Report on vaccination in Madras 1895-1903 - 1895-1903
Year: 1895
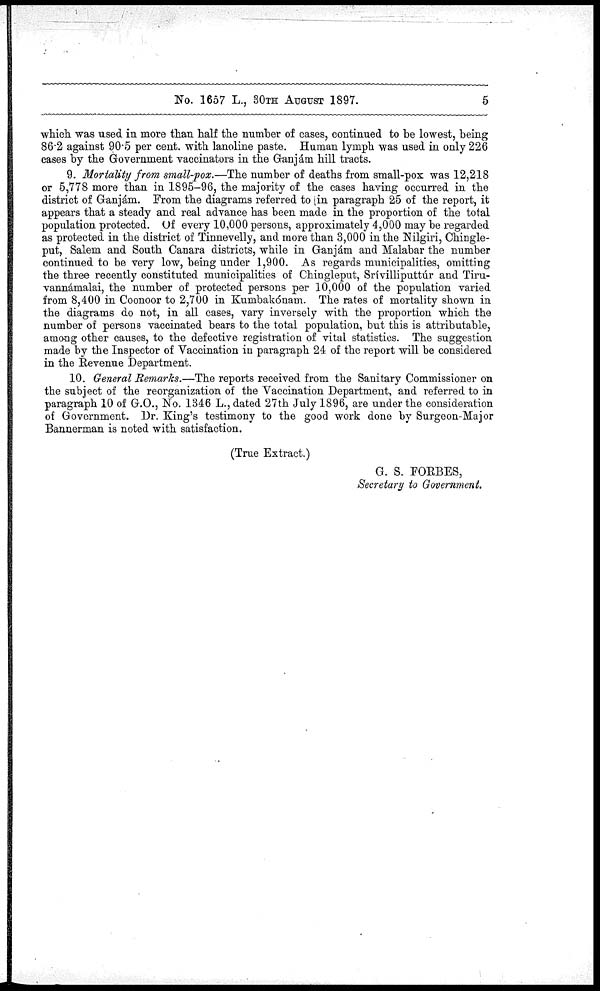
No. 1657 L., 30TH AUGUST 1897.
5
which was used in more than half the number of cases, continued to be lowest, being
86.2 against 90.5 per cent. with lanoline paste. Human lymph was used in only 226
cases by the Government vaccinators in the Ganjám hill tracts.
9. Mortality from small-pox.—The number of deaths from small-pox was 12,218
or 5,778 more than in 1895-96, the majority of the cases having occurred in the
district of Ganjám. From the diagrams referred to (in paragraph 25 of the report, it
appears that a steady and real advance has been made in the proportion of the total
population protected. Of every 10,000 persons, approximately 4,000 may be regarded
as protected in the district of Tinnevelly, and more than 3,000 in the Nilgiri, Chingle-
put, Salem and South Canara districts, while in Ganjám and Malabar the number
continued to be very low, being under 1,900. As regards municipalities, omitting
the three recently constituted municipalities of Chingleput, Srívilliputtúr and Tiru¬
vannámalai, the number of protected persons per 10,000 of the population varied
from 8,400 in Coonoor to 2,700 in Kumbakónam. The rates of mortality shown in
the diagrams do not, in all cases, vary inversely with the proportion which the
number of persons vaccinated bears to the total population, but this is attributable,
among other causes, to the defective registration of vital statistics. The suggestion
made by the Inspector of Vaccination in paragraph 24 of the report will be considered
in the Revenue Department.
10. General Remarks.—The reports received from the Sanitary Commissioner on
the subject of the reorganization of the Vaccination Department, and referred to in
paragraph 10 of G.O., No. 1346 L., dated 27th July 1896, are under the consideration
of Government. Dr. King's testimony to the good work done by Surgeon-Major
Bannerman is noted with satisfaction.
(True Extract.)
G. S. FORBES,
Secretary to Government.